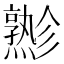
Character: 𱬪